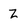
Character: Z